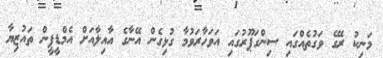
މަނިކު ރޭގެ ވަގުތެއްގައި ސިންގަޕޫރުގައި އަވަހާރަވުމާ ގުޅިގެން އޭނާގެ އާއިލާއަށް އެމްޑީޕީން ތައުޒިޔާ